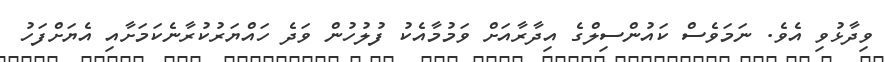
ވިދާޅުވި އެވެ. ނަމަވެސް ކައުންސިލްގެ އިދާރާއަށް ވަމުމާއެކު ފުލުހުން ވަދެ ހައްޔަރުކުރާނެކަމަށާއި އެޔަށްފަހު